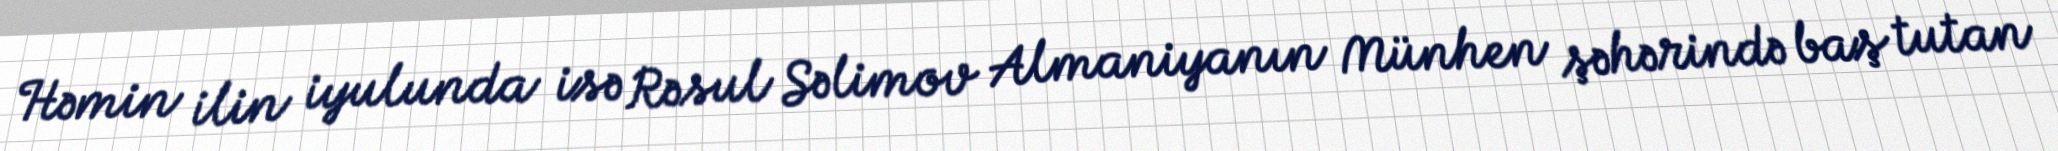
Həmin ilin iyulunda isə Rəsul Səlimov Almaniyanın Münhen şəhərində baş tutan